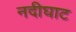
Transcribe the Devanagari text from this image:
नदीघाट